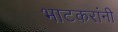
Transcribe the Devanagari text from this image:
भाटकरांनी